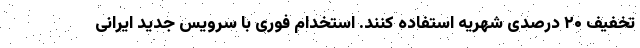
تخفیف ۲۰ درصدی شهریه استفاده کنند. استخدام فوری با سرویس جدید ایرانی